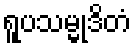
ရူပသမ္မုဒိတံ